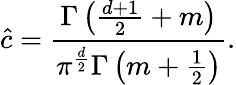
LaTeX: \hat{c}=\frac{\Gamma\left(\frac{d+1}{2}+m\right)}{\pi^{\frac{d}{2}}\Gamma\left(m+\frac 12\right)}.